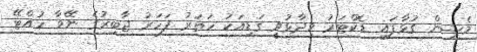
މެޝިން ގުޅާފައި ޑޮކްޓަރު ވިދާޅުވީ ގަޑިއަކު ހަތަރު ފަހަރު ޖާބިރުގެ ނޭވާ ހުއްޓޭ